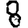
Digit: 8